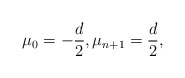
\begin{align*} \mu_0=-\frac d2, \mu_{n+1}= \frac d2,\end{align*}